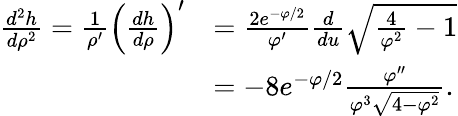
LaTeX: \begin{array}{rl}{\frac{d^{2}h}{d\rho^{2}}=\frac{1}{\rho^{\prime}}\left(\frac{dh}{d\rho}\right)^{\prime}}&{=\frac{2e^{-\varphi/2}}{\varphi^{\prime}}\frac{d}{du}\sqrt{\frac{4}{\varphi^{2}}-1}}\\ &{=-8e^{-\varphi/2}\frac{\varphi^{\prime\prime}}{\varphi^{3}\sqrt{4-\varphi^{2}}}.}\end{array}